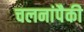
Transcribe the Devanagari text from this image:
चलनांपैकी